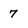
Character: 7